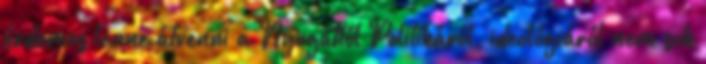
érdemes lenne átvenni a Nyugattól Politikáról, ideológiáról nem sok